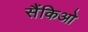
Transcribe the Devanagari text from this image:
सैंकिओ